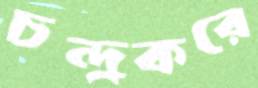
চন্দ্রকরে